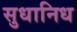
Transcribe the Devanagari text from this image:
सुधानिध